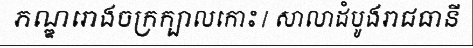
ភណ្ឌរោងចក្រក្បាលកោះ / សាលាដំបូងរាជធានី